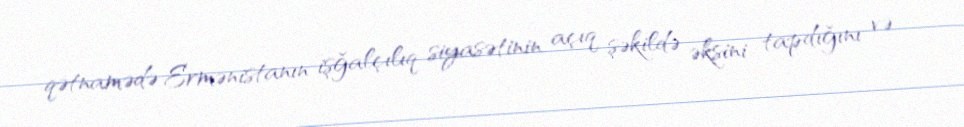
qətnamədə Ermənistanın işğalçılıq siyasətinin açıq şəkildə əksini tapdığını və